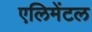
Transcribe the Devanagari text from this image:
एलिमेंटल